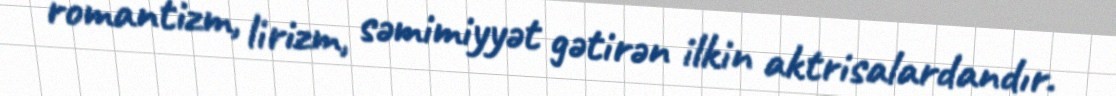
romantizm, lirizm, səmimiyyət gətirən ilkin aktrisalardandır.